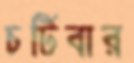
চটিবার